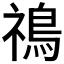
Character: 𩿷